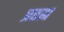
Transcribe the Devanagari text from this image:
प्रतह्म